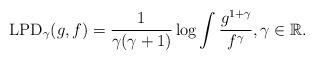
LaTeX: \begin{align*}{\rm LPD}_{\gamma}(g,f)=\frac{1}{\gamma(\gamma+1)} \log \int \frac{g^{1+\gamma}}{f^\gamma} , \gamma \in \mathbb{R}.\end{align*}